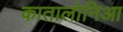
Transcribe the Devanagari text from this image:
कातालोनिआ